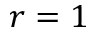
r = 1